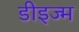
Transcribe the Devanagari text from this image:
डीइज्म